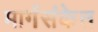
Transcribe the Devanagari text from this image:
मार्गसंकेत